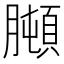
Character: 𦡋